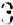
3